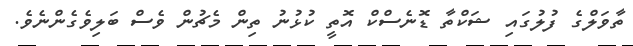
ތާވަލްގެ ފުލުގައި ޝަކްތާ ޑޮނެސްކް އޮތީ ކުޅުނު ތިން މެޗުން ވެސް ބަލިވެގެންނެވެ.